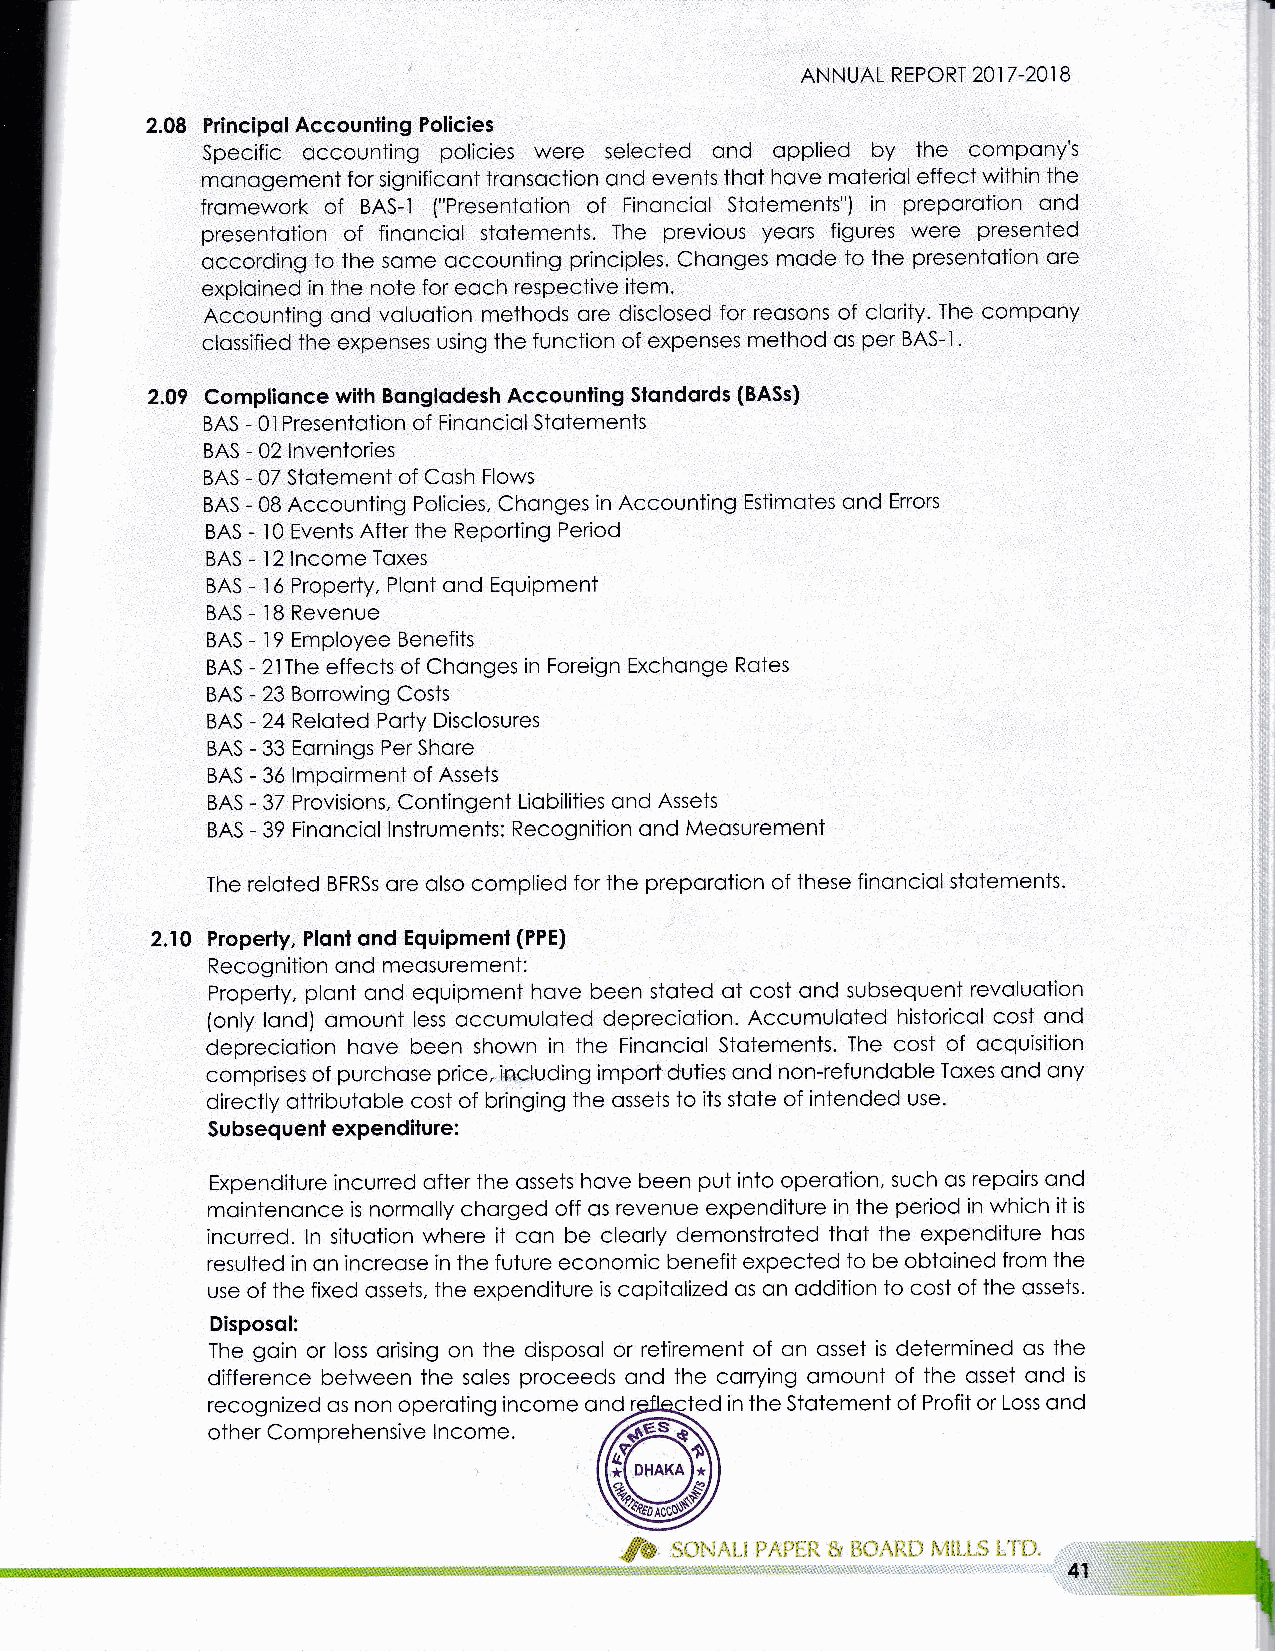
f
 ANNUAL REPORT 2017 -201 B
 2.08 Principol Accounting Policies
 Specific occounting policies were selected ond opplied by the compony's
 monogement for significont tronsoction ond events thot hove moteriol effect within the
 fromework of BAS-1 ("Presentotion of Finonciol Stotements") in preporotion ond
 presentotion of finonciol stotements. The previous yeors figures were presented
 occording to the some occounting principles. Chonges mode to the presentotion ore
 exploined in the note for eoch respective item.
 Accounting ond voluotion methods ore disclosed for reosons of clority. The compony
 clossified the expenses using the function of expenses method os per BAS-1.
 2.09 Complionce with Bonglodesh Accounling Slondords (BASs)
 BAS - 0l Presentotion of FinonclolStotements
 BAS - 02 lnventories
 BAS - 07 Stotement of Cosh Flows
 BAS - 0B Accounting Policies, Chonges in Accounting Estimotes ond Errors
 BAS - l0 Events After the Reporting Period
 BAS - 12 lncome Toxes
 BAS - 16 Property, Plont ond Equipment
 BAS - lB Revenue
 BAS - 19 Employee Benefits
 BAS - 2lThe effects of Chonges in Foreign Exchonge Rotes
 BAS - 23 Borrowing Costs
 BAS - 24 Reloted Porty Disclosures
 BAS - 33 Eornings Per Shore
 BAS - 36 lmpoirment of Assets
 BAS - 37 Provisions, Contingent Liobilities ond Assets
 BAS - 39 Finonciol lnstruments: Recognition ond Meosurement
 The reloted BFRSs ore olso complied for the preporotion of these finonciol stotements
 2.10 Property, PIont ond Equipment (PPE)
 Recognition ond meosurement:
 Property, plont ond equipment hove been stoted oi cost ond subsequent revoluotion
 (only lond) omount less occumuloted depreciotion. Accumuloted historicol cost ond
 depreciotion hove been shown in the Finonciol Stotements. The cost of ocquisition
 comprises of purchose price, inctuding import duties ond non-refundoble Toxes ond ony
 directly ottributoble cost of bringing the ossets to its stote of intended use.
 Su bsequent expenditure:
 Expenditure incurred ofter the ossets hove been put into operotion, such os repoirs ond
 mointenonce is normolly chorged off os revenue expenditure in the period in which it is
 incurred. ln situotion where it con be cleorly demonstroied thot the expenditure hos
 resulted in on increose in the future economic benefit expected to be obtoined from the
 use of the fixed ossets, the expenditure is copitolized os on oddition to cost of the ossets.
 Disposol:
 The goin or loss orising on the disposol or retirement of on osset is determined os the
 difference between the soles proceeds ond the corrying omount of the osset ond is
 recognized os non operoting income ond ed in the Stotement of Profit or Loss ond
 other Comprehensive lncome.
 DHAKA